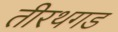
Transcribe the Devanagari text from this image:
तीरथगड